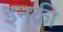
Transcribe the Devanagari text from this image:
इनक़ी